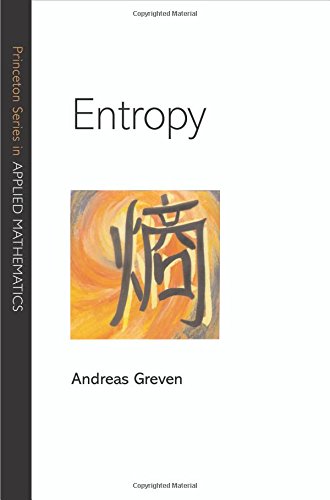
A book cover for Entropy (Princeton Series in Applied Mathematics); Science & Math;